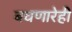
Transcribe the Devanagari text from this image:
बघणारेही